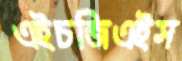
এইচজিএইস